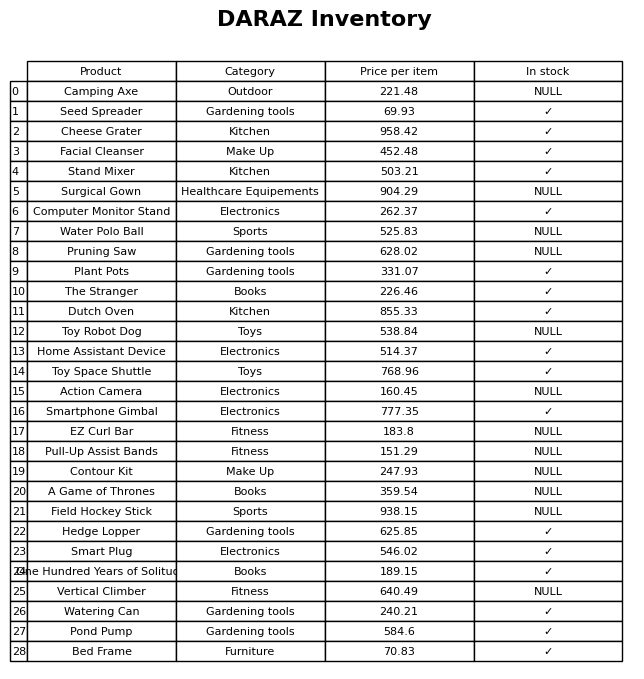
question: Which products are currently out of stock?
answer: Camping Axe, Surgical Gown, Water Polo Ball, Pruning Saw, Toy Robot Dog, Action Camera, EZ Curl Bar, Pull-Up Assist Bands, Contour Kit, A Game of Thrones, Field Hockey Stick, Vertical Climber